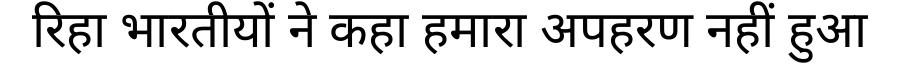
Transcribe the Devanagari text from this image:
रिहा भारतीयों ने कहा हमारा अपहरण नहीं हुआ